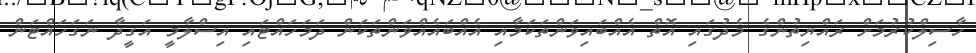
ހާސިލްކުރުމަށް ރައްޔިތުންގެ މެދުގައި އޮތް އެއްބައިވަންތަކަމާއި އެއްބައެއްވަންތަކަން ދަމަހައްޓައި އިސްލާމީ އަގީދާ ނަގަހައްޓަން